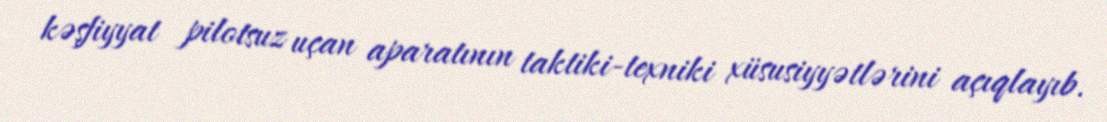
kəşfiyyat pilotsuz uçan aparatının taktiki-texniki xüsusiyyətlərini açıqlayıb.